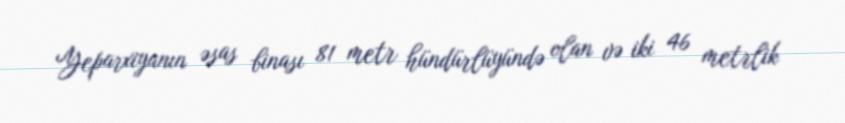
Yeparxiyanın əsas binası 81 metr hündürlüyündə olan və iki 46 metrlik